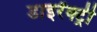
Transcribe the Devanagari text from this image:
डाइरॅक्ट्री